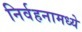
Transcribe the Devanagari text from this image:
निर्वहनामध्ये